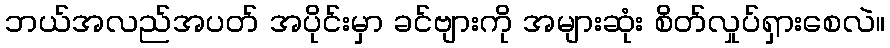
ဘယ်အလည်အပတ် အပိုင်းမှာ ခင်ဗျားကို အများဆုံး စိတ်လှုပ်ရှားစေလဲ။